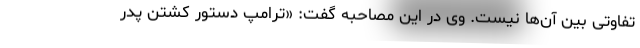
تفاوتی بین آن‌ها نیست. وی در این مصاحبه گفت: «ترامپ دستور کشتن پدر